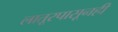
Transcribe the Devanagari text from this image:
लातूरपासूनही